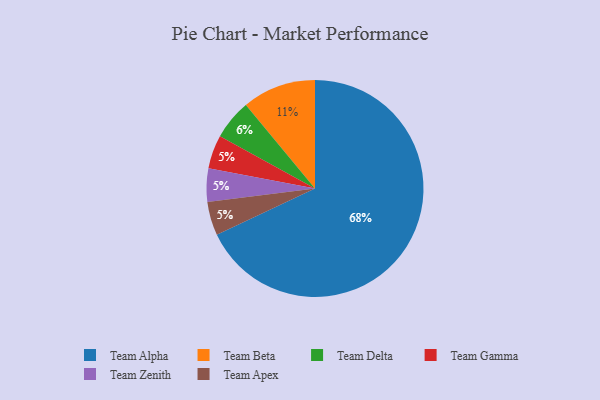
{"axis": {"x": "Category", "y": "Percentage"}, "legend": ["Team Alpha", "Team Apex", "Team Beta", "Team Delta", "Team Gamma", "Team Zenith"], "data": [{"x": "Team Gamma", "y": 5, "type": "Team Gamma"}, {"x": "Team Zenith", "y": 5, "type": "Team Zenith"}, {"x": "Team Apex", "y": 5, "type": "Team Apex"}, {"x": "Team Alpha", "y": 68, "type": "Team Alpha"}, {"x": "Team Delta", "y": 6, "type": "Team Delta"}, {"x": "Team Beta", "y": 11, "type": "Team Beta"}]}